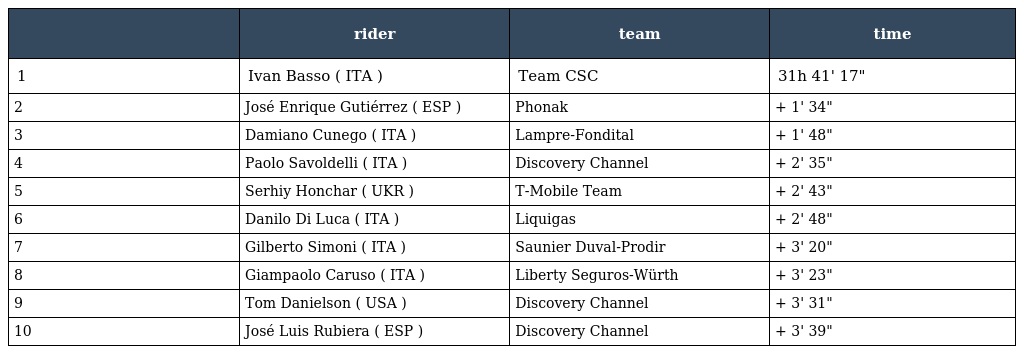
|  | rider | team | time |
 | --- | --- | --- | --- |
 | 1 | Ivan Basso ( ITA ) | Team CSC | 31h 41' 17" |
 | 2 | José Enrique Gutiérrez ( ESP ) | Phonak | + 1' 34" |
 | 3 | Damiano Cunego ( ITA ) | Lampre-Fondital | + 1' 48" |
 | 4 | Paolo Savoldelli ( ITA ) | Discovery Channel | + 2' 35" |
 | 5 | Serhiy Honchar ( UKR ) | T-Mobile Team | + 2' 43" |
 | 6 | Danilo Di Luca ( ITA ) | Liquigas | + 2' 48" |
 | 7 | Gilberto Simoni ( ITA ) | Saunier Duval-Prodir | + 3' 20" |
 | 8 | Giampaolo Caruso ( ITA ) | Liberty Seguros-Würth | + 3' 23" |
 | 9 | Tom Danielson ( USA ) | Discovery Channel | + 3' 31" |
 | 10 | José Luis Rubiera ( ESP ) | Discovery Channel | + 3' 39" |